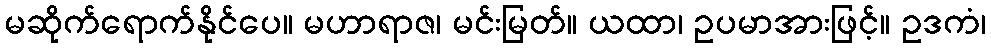
မဆိုက်ရောက်နိုင်ပေ။ မဟာရာဇ၊ မင်းမြတ်။ ယထာ၊ ဥပမာအားဖြင့်။ ဥဒကံ၊